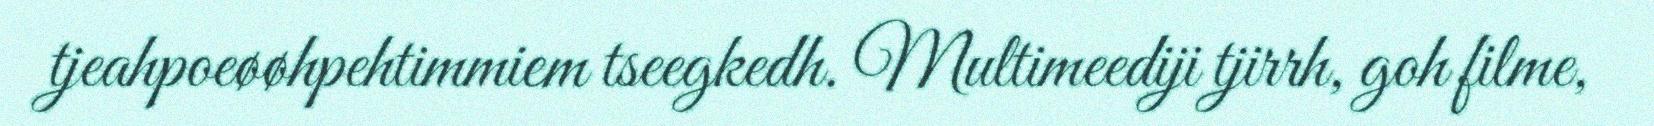
tjeahpoeøøhpehtimmiem tseegkedh. Multimeediji tjirrh, goh filme,